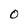
Character: 0